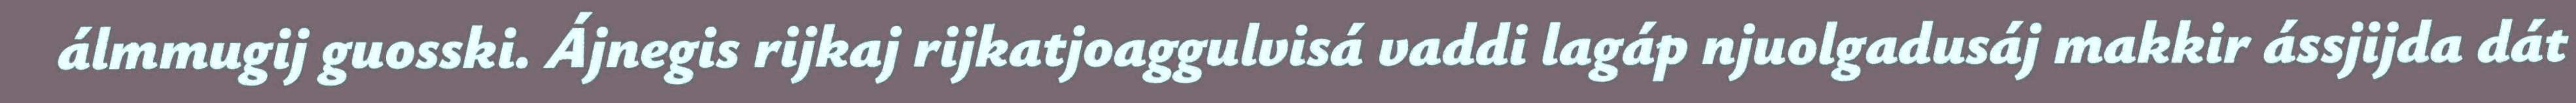
álmmugij guosski. Ájnegis rijkaj rijkatjoaggulvisá vaddi lagáp njuolgadusáj makkir ássjijda dát